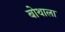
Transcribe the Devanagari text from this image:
बोथाला